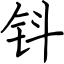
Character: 钭